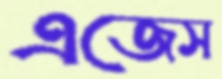
এজেস